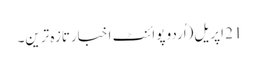
21 اپریل(اُردو پوائنٹ اخبارتازہ ترین۔